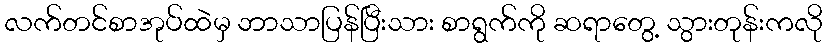
လက်တင်စာအုပ်ထဲမှ ဘာသာပြန်ပြီးသား စာရွက်ကို ဆရာတွေ့ သွားတုန်းကလို